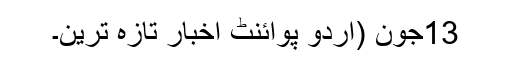
13جون (اُردو پوائنٹ اخبار تازہ ترین۔